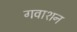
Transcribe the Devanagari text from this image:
गवाशन